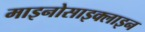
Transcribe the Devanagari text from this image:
माइनोसाइक्लाइन